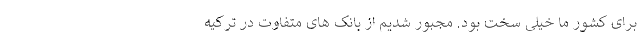
برای کشور ما خیلی سخت بود. مجبور شدیم از بانک های متفاوت در ترکیه